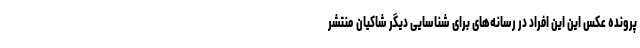
پرونده عکس این این افراد در رسانه‌های برای شناسایی دیگر شاکیان منتشر